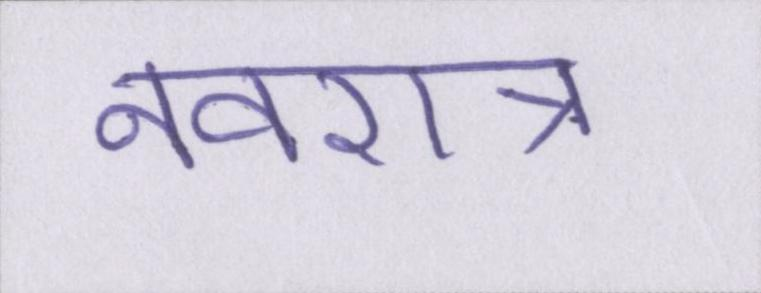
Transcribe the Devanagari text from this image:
नवरात्र